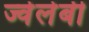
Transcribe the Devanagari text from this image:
ज्वेलेबी